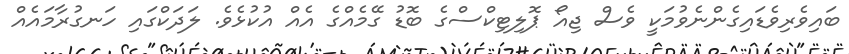
ބައިވެރިވެޑައިގެންނެވުމަކީ ވެސް ޖިއޯ ޕޮލިޓިކްސްގެ ބޮޑު ގޭމެއްގެ އެއް އުކުޅެވެ. ލަދަކްގައި ހަނގުރާމައެއް